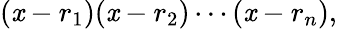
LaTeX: (\mathit{x}-r_{1})(\mathit{x}-r_{2})\cdots(\mathit{x}-r_{n}),